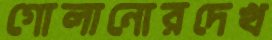
গোলানোরদেখ